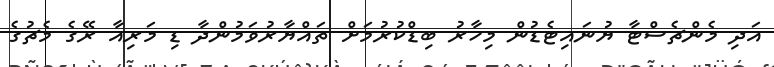
އަދި މެންޗެސްޓާ ޔުނައިޓެޑުން މިހާރު ބިޑްކުރުމަށް ތައްޔާރުވަމުންދާ ޑި މަރިއާ ރޭގެ މެޗުގެ